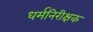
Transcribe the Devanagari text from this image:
धर्मनिरीक्षक